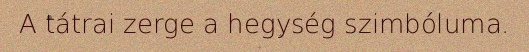
A tátrai zerge a hegység szimbóluma.